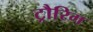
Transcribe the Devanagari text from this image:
ट्रौरिग